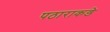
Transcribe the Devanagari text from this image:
पठाराकडे